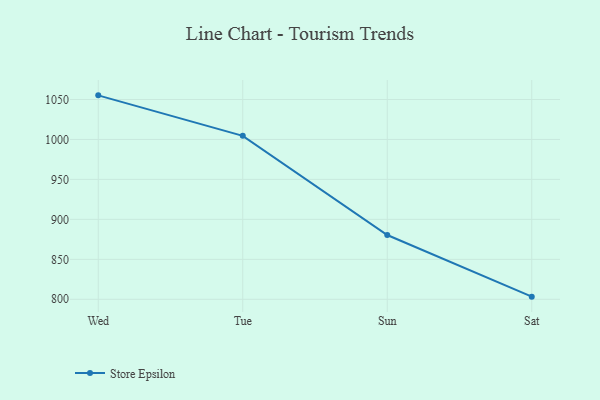
{"axis": {"x": "Day", "y": "Active Users"}, "legend": ["Store Epsilon"], "data": [{"x": "Wed", "y": 1055.2, "type": "Store Epsilon"}, {"x": "Tue", "y": 1004.5, "type": "Store Epsilon"}, {"x": "Sun", "y": 880.4, "type": "Store Epsilon"}, {"x": "Sat", "y": 803.3, "type": "Store Epsilon"}]}